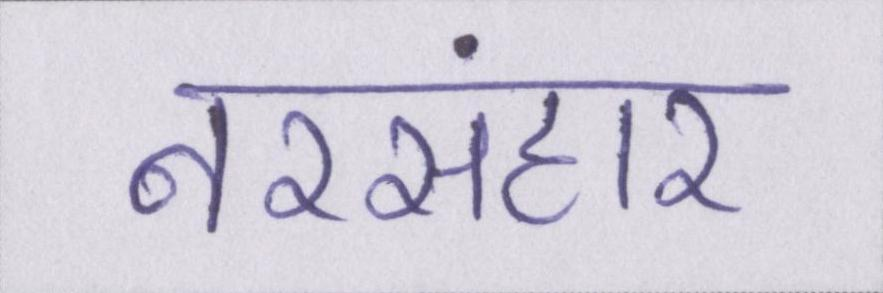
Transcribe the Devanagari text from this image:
नरसंहार